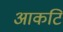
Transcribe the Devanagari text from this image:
आकटि